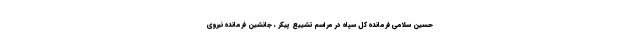
حسین سلامی فرمانده کل سپاه در مراسم تشییع پیکر ، جانشین فرمانده نیروی